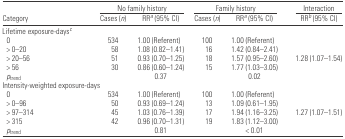
<table><thead><tr><td></td><td colspan="2"><b>No family history</b></td><td colspan="2"><b>Family history</b></td><td><b>Interaction</b></td></tr><tr><td><b>Category</b></td><td><b>Cases (<i>n</i>)</b></td><td><b>RRa (95% CI)</b></td><td><b>Cases (<i>n</i>)</b></td><td><b>RRa (95% CI)</b></td><td><b>RRb (95% CI)</b></td></tr></thead><tbody><tr><td colspan="6">Lifetime exposure-daysc</td></tr><tr><td> 0</td><td>534</td><td>1.00 (Referent)</td><td>100</td><td>1.00 (Referent)</td><td></td></tr><tr><td> &gt; 0–20</td><td>58</td><td>1.08 (0.82–1.41)</td><td>16</td><td>1.42 (0.84–2.41)</td><td></td></tr><tr><td> &gt; 20–56</td><td>51</td><td>0.93 (0.70–1.25)</td><td>18</td><td>1.57 (0.95–2.60)</td><td>1.28 (1.07–1.54)</td></tr><tr><td> &gt; 56</td><td>30</td><td>0.86 (0.60–1.24)</td><td>15</td><td>1.77 (1.03–3.05)</td><td></td></tr><tr><td> <i>p</i><sub>trend</sub></td><td></td><td>0.37</td><td></td><td>0.02</td><td></td></tr><tr><td colspan="6">Intensity-weighted exposure-days</td></tr><tr><td> 0</td><td>534</td><td>1.00 (Referent)</td><td>100</td><td>1.00 (Referent)</td><td></td></tr><tr><td> &gt; 0–96</td><td>50</td><td>0.93 (0.69–1.24)</td><td>13</td><td>1.09 (0.61–1.95)</td><td></td></tr><tr><td> &gt; 97–314</td><td>45</td><td>1.03 (0.76–1.39)</td><td>17</td><td>1.94 (1.16–3.25)</td><td>1.27 (1.07–1.51)</td></tr><tr><td> &gt; 315</td><td>42</td><td>0.96 (0.70–1.31)</td><td>19</td><td>1.83 (1.12–3.00)</td><td></td></tr><tr><td> <i>p</i><sub>trend</sub></td><td></td><td>0.81</td><td></td><td>&lt; 0.01</td><td></td></tr></tbody></table>